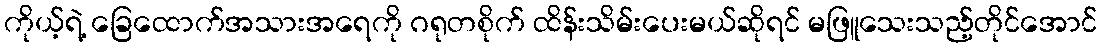
ကိုယ့်ရဲ့ ခြေထောက်အသားအရေကို ဂရုတစိုက် ထိန်းသိမ်းပေးမယ်ဆိုရင် မဖြူသေးသည့်တိုင်အောင်